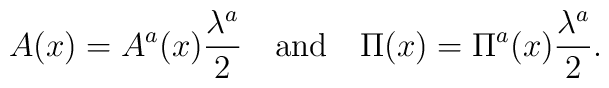
A(x) = A^a(x) \frac{\lambda^a}{2} \quad \mbox{and} \quad\Pi(x) = \Pi^a(x) \frac{\lambda^a}{2} .